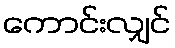
ကောင်းလျှင်